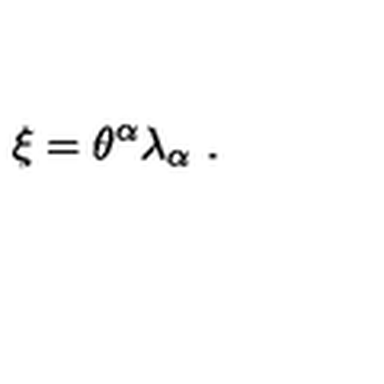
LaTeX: \xi = \theta ^ { \alpha } \lambda _ { \alpha } \ .